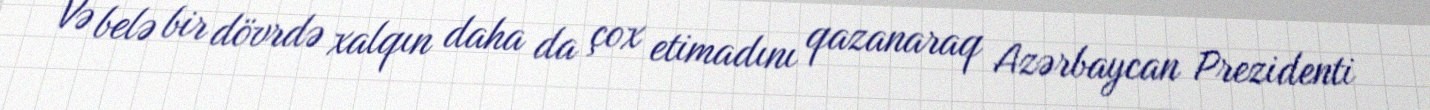
Və belə bir dövrdə xalqın daha da çox etimadını qazanaraq Azərbaycan Prezidenti